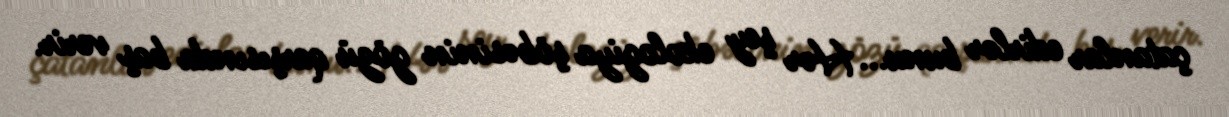
çatanlar edirlər bunu... Hər şey ekologiya şöbəsinin gözü qarşısında baş verir.